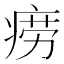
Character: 痨